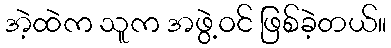
အဲ့ထဲက သူက အဖွဲ့ဝင် ဖြစ်ခဲ့တယ်။